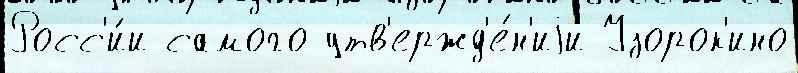
Росс'и́и самого утв'ержд'е́н'иjи Узорок'ино